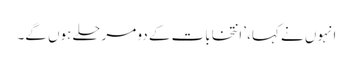
انہوں نے کہا، ’انتخابات کے دو مرحلے ہوں گے۔